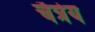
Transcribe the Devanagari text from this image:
चैत्रेय